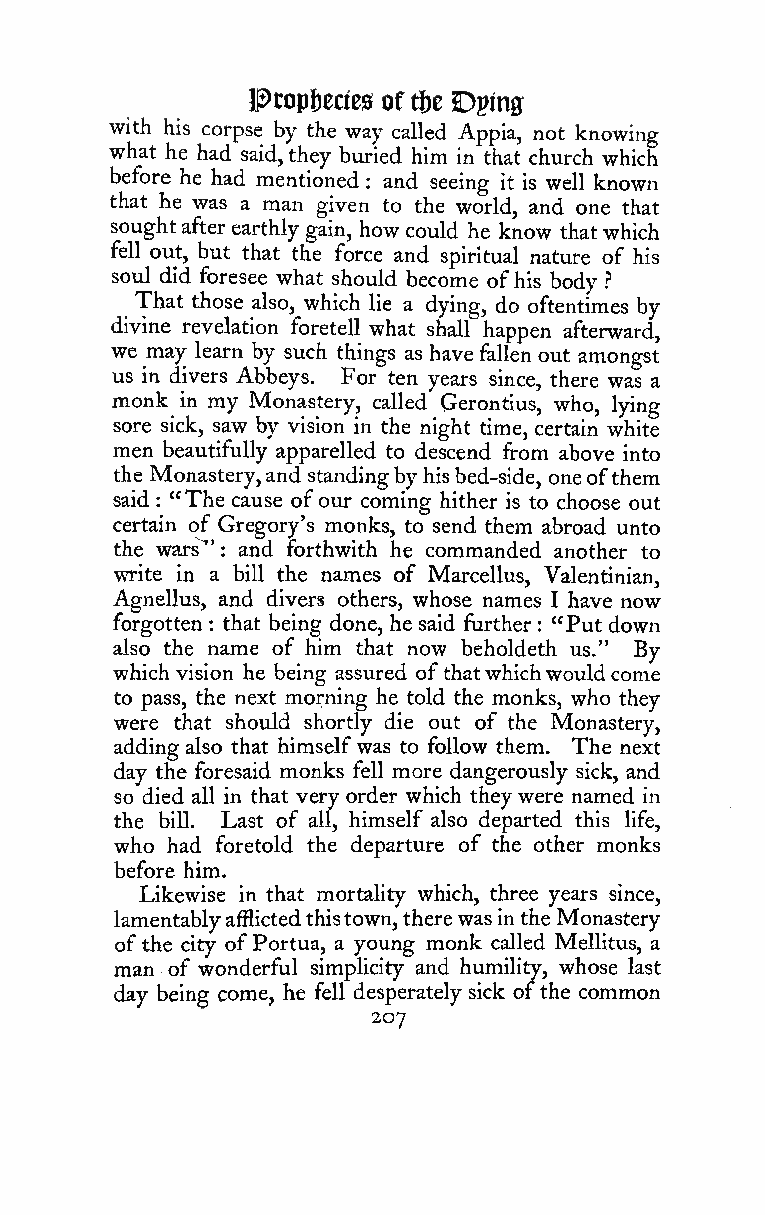
IPtopijeciesoftfjcDping
 with his corpse by the way called Appia, not knowing
 what he had said,they buried him in that church which
 before he had mentioned : and seeing it is well known
 that he was a man given to the world, and one that
 soughtafterearthly gain, how could he know thatwhich
 fell out, but that the force and spiritual nature of his
 soul did foresee what should become ofhis body
 ?
 That those also, which lie a dying, do oftentimes by
 divine revelation foretell what shall happen afterward,
 we may learn by such things as have fallen out amongst
 us in divers Abbeys. For ten years since, there was a
 monk in my Monastery, called Gerontius, who, lying
 sore sick, saw by vision in the night time, certain white
 men beautifully apparelled to descend from above into
 the Monastery,and standingbyhisbed-side, oneofthem
 said : "The cause ofour coming hither is to choose out
 certain of Gregory's monks, to send them abroad unto
 the wars ' : and forthwith he commanded another to
 write in a bill the names of Marcellus, Valentinian,
 Agnellus, and divers others, whose names I have now
 forgotten that being done, he said further "Put down
 :                     :
 also the name of him that now beholdeth us." By
 which vision he being assured ofthatwhichwouldcome
 to pass, the next morning he told the monks, who they
 were that should shortly die out of the Monastery,
 adding also that himselfwas to follow them. The next
 day the foresaid monks fell more dangerously sick, and
 so died all in that very order which they were named in
 the bill. Last of all, himself also departed this life,
 who had foretold the departure of the other monks
 before him.
 Likewise in that mortality which, three years since,
 lamentablyaiBictedthistown,therewasinthe Monastery
 ofthe city ofPortua, a young monk called Mellitus, a
 man of wonderful simplicity and humility, whose last
 day being come, he fell desperately sick ofthe common
 207